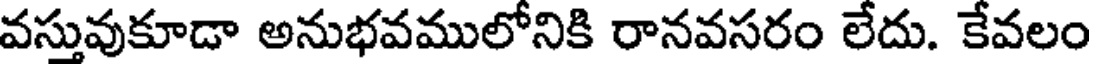
వస్తువుకూడా అనుభవములోనికి రానవసరం లేదు. కేవలం